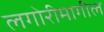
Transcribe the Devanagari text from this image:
लगोरीमागील